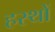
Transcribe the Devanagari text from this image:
हस्थों